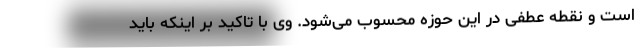
است و نقطه عطفی در این حوزه محسوب می‌شود. وی با تاکید بر اینکه باید